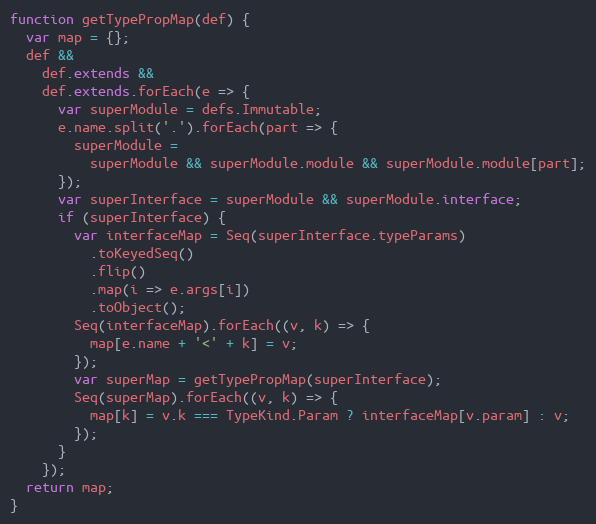
Language: JavaScript
function getTypePropMap(def) {
  var map = {};
  def &&
    def.extends &&
    def.extends.forEach(e => {
      var superModule = defs.Immutable;
      e.name.split('.').forEach(part => {
        superModule =
          superModule && superModule.module && superModule.module[part];
      });
      var superInterface = superModule && superModule.interface;
      if (superInterface) {
        var interfaceMap = Seq(superInterface.typeParams)
          .toKeyedSeq()
          .flip()
          .map(i => e.args[i])
          .toObject();
        Seq(interfaceMap).forEach((v, k) => {
          map[e.name + '<' + k] = v;
        });
        var superMap = getTypePropMap(superInterface);
        Seq(superMap).forEach((v, k) => {
          map[k] = v.k === TypeKind.Param ? interfaceMap[v.param] : v;
        });
      }
    });
  return map;
}